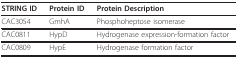
<table><thead><tr><td><b>STRING ID</b></td><td><b>Protein ID</b></td><td><b>Protein Description</b></td></tr></thead><tbody><tr><td>CAC3054</td><td>GmhA</td><td>Phosphoheptose isomerase</td></tr><tr><td>CAC0811</td><td>HypD</td><td>Hydrogenase expression-formation factor</td></tr><tr><td>CAC0809</td><td>HypE</td><td>Hydrogenase formation factor</td></tr></tbody></table>